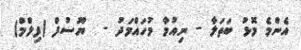
އެންމެ މޮޅު ބަތަލާ - ނިއުމާ މުހައްމަދު -  ޔޫސުފް (ފިލްމް)